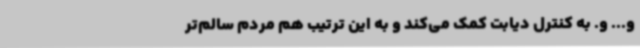
و... و. به کنترل دیابت کمک می‌کند و به این ترتیب هم مردم سالم‌تر